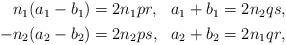
LaTeX: \begin{align*}\begin{aligned}n_1(a_1-b_1)&=2n_1pr, &a_1+b_1&=2n_2qs,\\-n_2(a_2-b_2)&=2n_2ps,&a_2+b_2&=2n_1qr,\end{aligned}\end{align*}